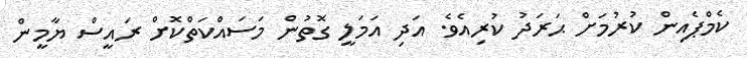
ކެމްޕެއިން ކުރުމަށް ޙަރަދު ކުރިއެވެ. އަދި އަމަލީ ގޮތުން މަސައްކަތްކޮށް ރައީސް ޔާމީން